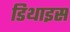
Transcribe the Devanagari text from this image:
डिथाइस